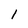
Character: 1